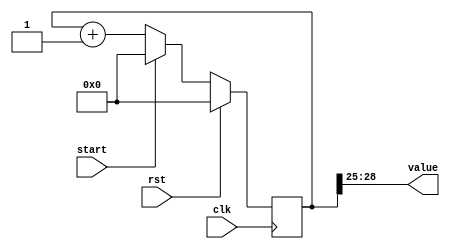
/*
   This file was generated automatically by the Mojo IDE version B1.2.6.
   Do not edit this file directly. Instead edit the original Lucid source.
   This is a temporary file and any changes made to it will be destroyed.
*/

/*
   Parameters:
     SIZE = 4
     DIV = 25
     TOP = 0
     UP = 1
*/
module leddisplaycounter_78 (
    input clk,
    input rst,
    input start,
    output reg [3:0] value
  );
  
  localparam SIZE = 3'h4;
  localparam DIV = 5'h19;
  localparam TOP = 1'h0;
  localparam UP = 1'h1;
  
  
  reg [28:0] M_ctr_d, M_ctr_q = 1'h0;
  
  localparam MAX_VALUE = 26'h1ffffff;
  
  always @* begin
    M_ctr_d = M_ctr_q;
    
    value = M_ctr_q[25+3-:4];
    if (1'h1) begin
      M_ctr_d = M_ctr_q + 1'h1;
      if (1'h0 && M_ctr_q == 26'h1ffffff) begin
        M_ctr_d = 1'h0;
      end
    end
    if (start) begin
      M_ctr_d = 1'h0;
    end
  end
  
  always @(posedge clk) begin
    if (rst == 1'b1) begin
      M_ctr_q <= 1'h0;
    end else begin
      M_ctr_q <= M_ctr_d;
    end
  end
  
endmodule